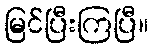
မြင်ပြီးကြပြီ။